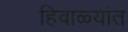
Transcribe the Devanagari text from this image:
हिवाळ्यांत